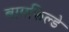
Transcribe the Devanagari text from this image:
बामफिल्डे